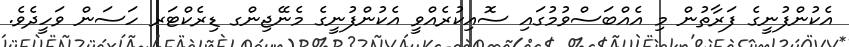
އެކުންފުނީގެ ފަރާތުން މި އެއްބަސްވުމުގައި ސޮއިކުރެއްވީ އެކުންފުނީގެ މެނޭޖިންގ ޑިރެކްޓަރ ހަސަން ވަހީދެވެ.